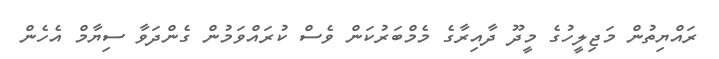
ރައްޔިތުން މަޖިލީހުގެ މީދޫ ދާއިރާގެ މެމްބަރުކަން ވެސް ކުރައްވަމުން ގެންދަވާ ސިޔާމް އެހެން